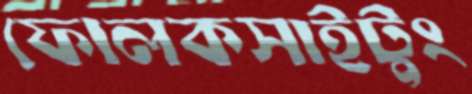
ফোলকসাইটুং